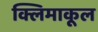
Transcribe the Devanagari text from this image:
क्लिमाकूल